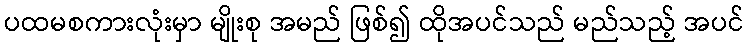
ပထမစကားလုံးမှာ မျိုးစု အမည် ဖြစ်၍ ထိုအပင်သည် မည်သည့် အပင်